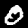
Digit: 0